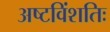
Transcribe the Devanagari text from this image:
अष्टविंशतिः